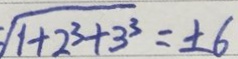
\sqrt { 1 + 2 ^ { 3 } + 3 ^ { 3 } } = \pm 6